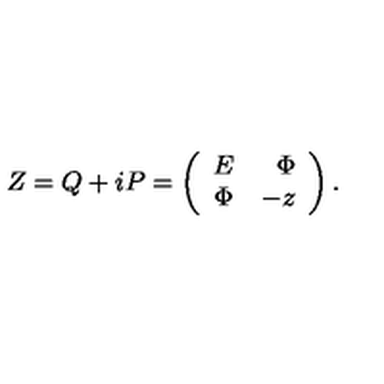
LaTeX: Z = Q + i P = \left( \begin{array} { c r c } { E } & { \Phi } \\ { \Phi } & { - z } \\ \end{array} \right) .